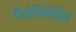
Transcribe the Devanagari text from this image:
पैथोजिनेसिस